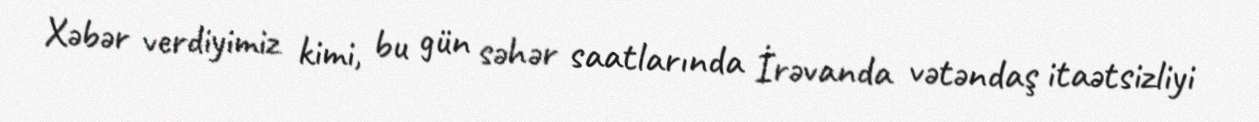
Xəbər verdiyimiz kimi, bu gün səhər saatlarında İrəvanda vətəndaş itaətsizliyi